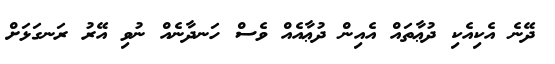
ދޭނެ އެކިއެކި ދުޢާތައް އެއިން ދުޢާއެއް ވެސް ހަނދާނެއް ނުވި އޭރު ރަނގަޅަށް